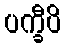
ပက္ခီပိ